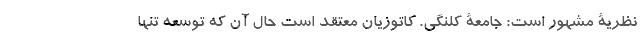
نظریۀ مشهور است: جامعۀ کلنگی. کاتوزیان معتقد است حال آن که توسعه تنها